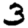
Digit: 3